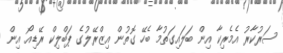
ސަރުކާރު އެމެރިކާ އިން ބަލައިގަތުމާ ބެހޭ ގޮތުން އިޒްރޭލުގެ ޕަބްލިކް ރޭޑިއޯ އިން